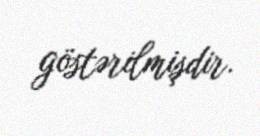
göstərilmişdir.